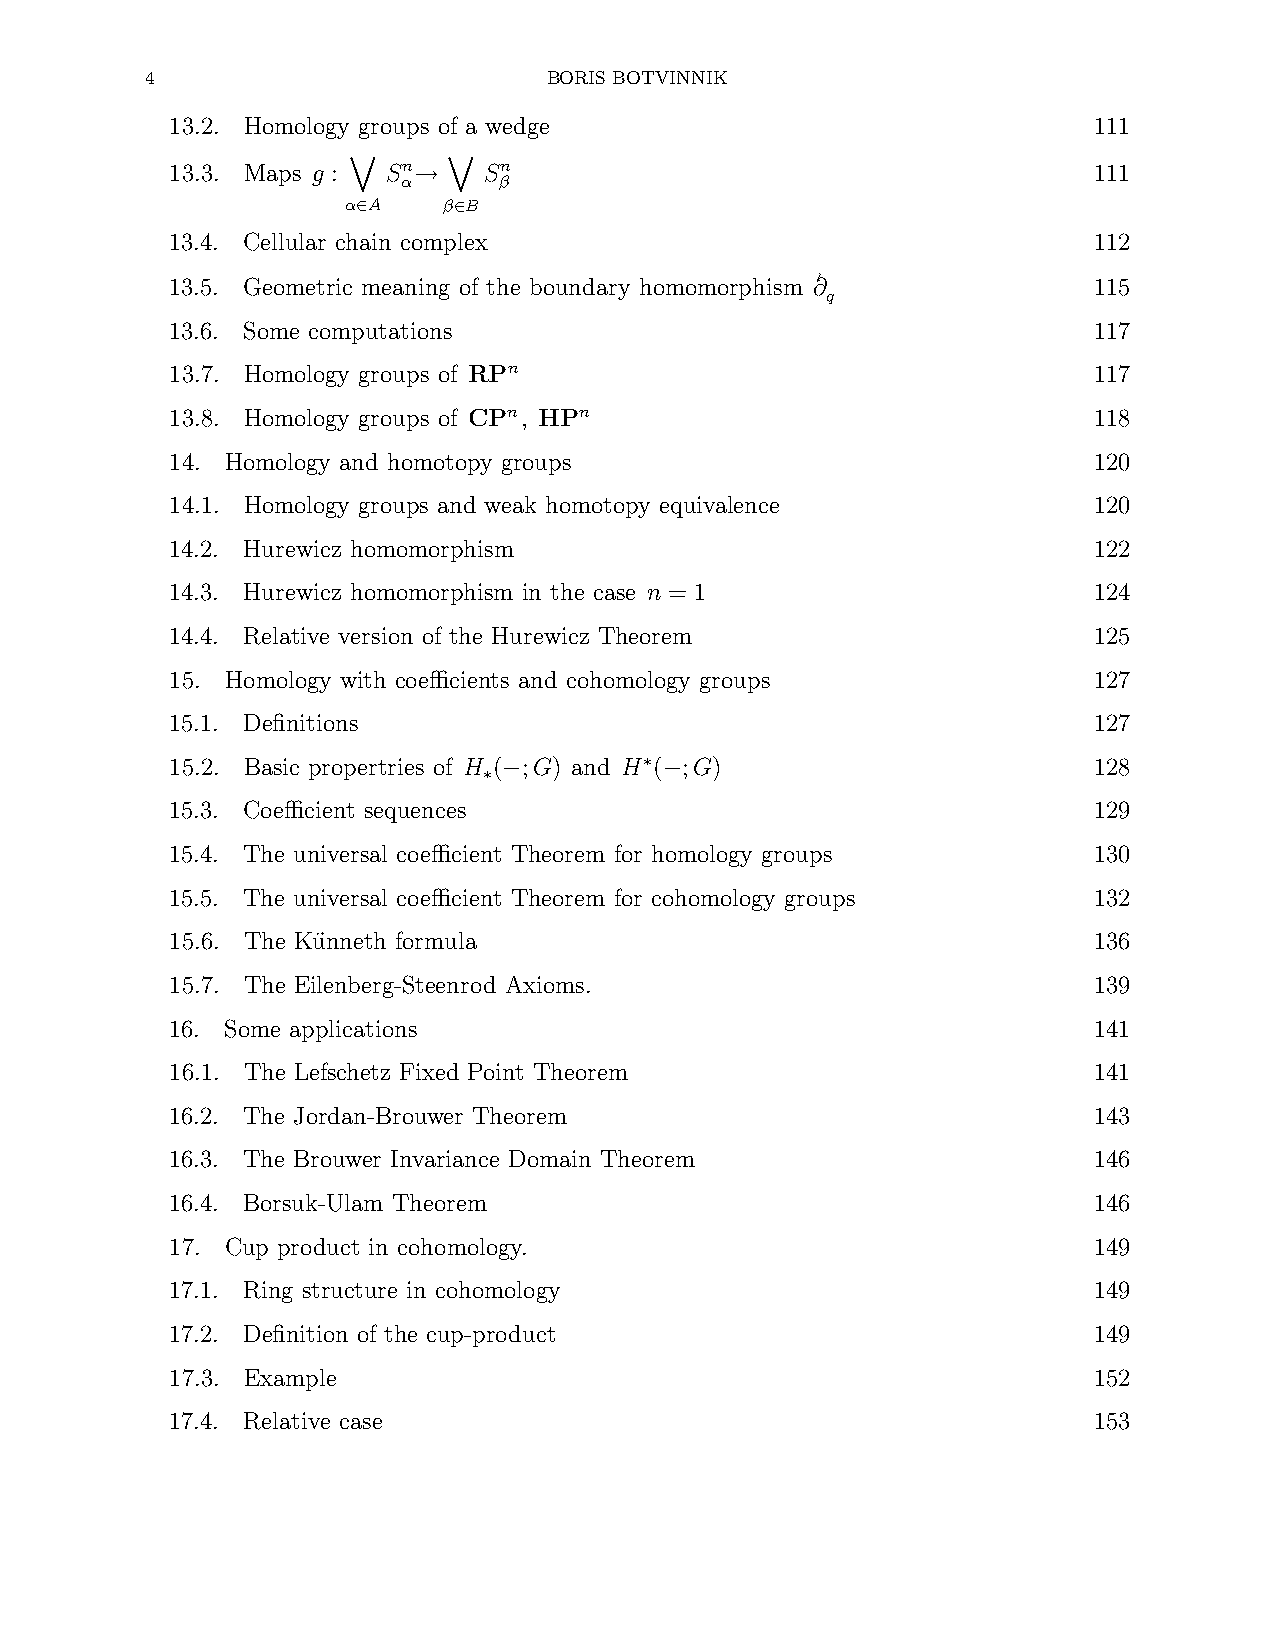
4                         BORIS BOTVINNIK
 13.2. Homology groups of a wedge                             111
 13.3. Maps g : Sn    Sn                                      111
 α→    β
 α A   β B
 _∈     _∈
 13.4. Cellular chain complex                                 112
 ≀
 13.5. Geometric meaning of the boundary homomorphism ∂       115
 q
 13.6. Some computations                                      117
 13.7. Homology groups of RPn                                 117
 13.8. Homology groups of CPn, HPn                            118
 14. Homology and homotopy groups                             120
 14.1. Homology groups and weak homotopy equivalence          120
 14.2. Hurewicz homomorphism                                  122
 14.3. Hurewicz homomorphism in the case n = 1                124
 14.4. Relative version of the Hurewicz Theorem               125
 15. Homology with coefficients and cohomology groups         127
 15.1. Definitions                                            127
 15.2. Basic propertries of H ( ;G) and H ( ;G)               128
 ∗
 ∗ −         −
 15.3. Coefficient sequences                                  129
 15.4. The universal coefficient Theorem for homology groups  130
 15.5. The universal coefficient Theorem for cohomology groups 132
 15.6. The Ku¨nneth formula                                   136
 15.7. The Eilenberg-Steenrod Axioms.                         139
 16. Some applications                                        141
 16.1. The Lefschetz Fixed Point Theorem                      141
 16.2. The Jordan-Brouwer Theorem                             143
 16.3. The Brouwer Invariance Domain Theorem                  146
 16.4. Borsuk-Ulam Theorem                                    146
 17. Cup product in cohomology.                               149
 17.1. Ring structure in cohomology                           149
 17.2. Definition of the cup-product                          149
 17.3. Example                                                152
 17.4. Relative case                                          153